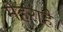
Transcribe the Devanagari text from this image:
मेहराहै।